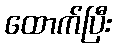
ထောက်ပြီး